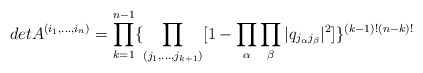
\begin{align*}det A^{(i_{1},\dots ,i_{n})} = \prod^{n-1}_{k=1}\{ \prod_{(j_{1},\dots,j_{k+1})}[1 -\prod_{\alpha}\prod_{\beta}|q_{j_{\alpha}j_{\beta}}|^{2}]\} ^{(k-1)!(n-k)!}\end{align*}